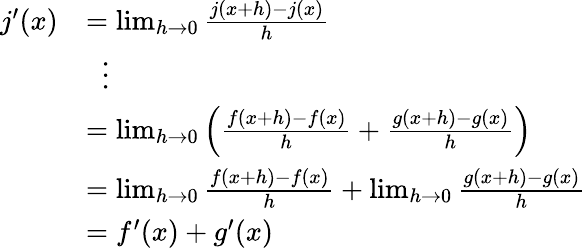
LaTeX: {\begin{array}{rl}{j^{\prime}(x)}&{=\operatorname*{lim}_{h\rightarrow 0}{\frac{j(x+h)-j(x)}{h}}}\\ &{\; \; \vdots}\\ &{=\operatorname*{lim}_{h\rightarrow 0}\left({\frac{f(x+h)-f(x)}{h}}+{\frac{g(x+h)-g(x)}{h}}\right)}\\ &{=\operatorname*{lim}_{h\rightarrow 0}{\frac{f(x+h)-f(x)}{h}}+\operatorname*{lim}_{h\rightarrow 0}{\frac{g(x+h)-g(x)}{h}}}\\ &{=f^{\prime}(x)+g^{\prime}(x)}\end{array}}